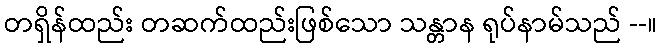
တရှိန်ထည်း တဆက်ထည်းဖြစ်သော သန္တာန ရုပ်နာမ်သည် --။